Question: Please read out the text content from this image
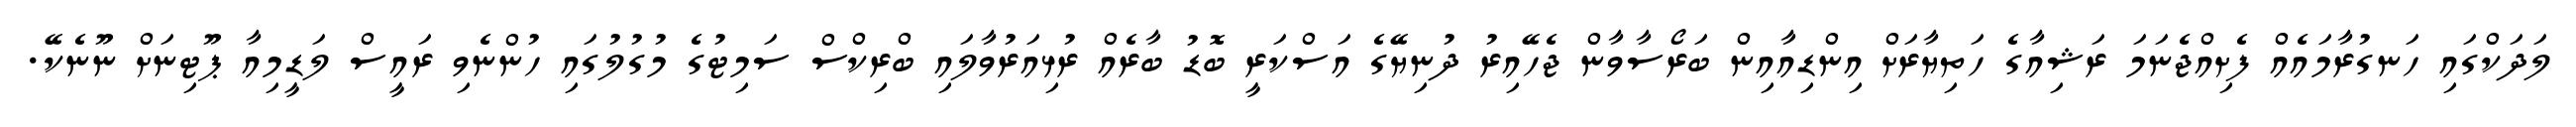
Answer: ލަދަކްގައި ހަނގުރާމައެއް ފެށިއްޖެނަމަ ރަޝިއާގެ ހަތިޔާރަށް އިންޑިއާއިން ބަރޯސާވާން ޖެހޭއިރު ދުނިޔޭގެ އަސްކަރީ ބޮޑު ބާރެއް ރުޅިއަރުވާލައި ބްރިކްސް ސަމިޓުގެ މުގުލުގައި ހުންނެވި ރައީސް ލަޑީމިއާ ޕޫޓިނަށް ނޫނެކޭ.